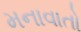
મનાવાતો